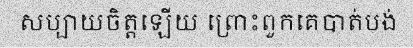
សប្បាយចិត្តឡើយ ព្រោះពួកគេបាត់បង់